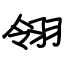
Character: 翎